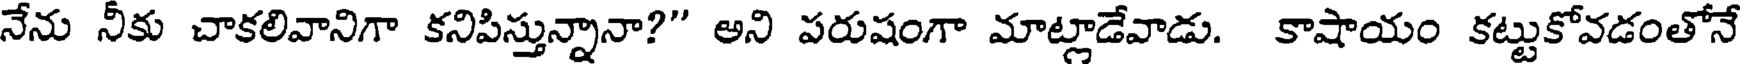
నేను నీకు చాకలివానిగా కనిపిస్తున్నానా?" అని పరుషంగా మాట్లాడేవాడు. కాషాయం కట్టుకోవడంతోనే